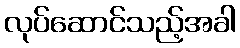
လုပ်ဆောင်သည့်အခါ